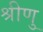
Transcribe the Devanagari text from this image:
श्रीणु